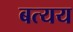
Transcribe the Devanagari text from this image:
बत्यय